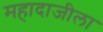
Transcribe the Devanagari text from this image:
महादाजीला